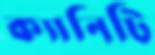
ক্যানিটি